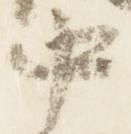
中